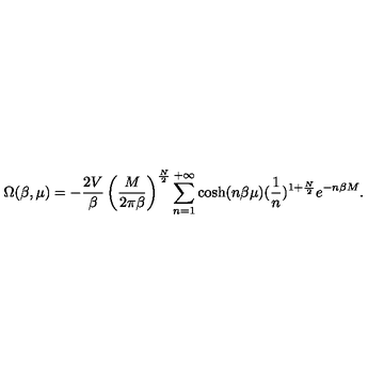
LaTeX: \Omega ( \beta , \mu ) = - { \frac { 2 V } { \beta } } \left( { \frac { M } { 2 \pi \beta } } \right) ^ { \frac { N } { 2 } } \sum _ { n = 1 } ^ { + \infty } \cosh ( n \beta \mu ) ( { \frac { 1 } { n } } ) ^ { 1 + { \frac { N } { 2 } } } e ^ { - n \beta M } .